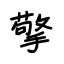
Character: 擎